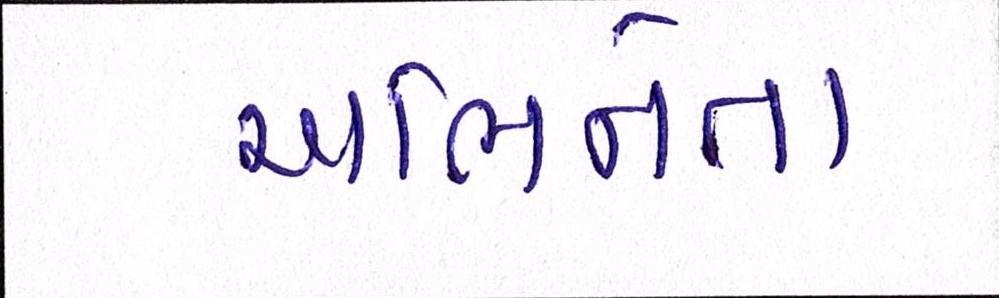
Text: અભિનેતા